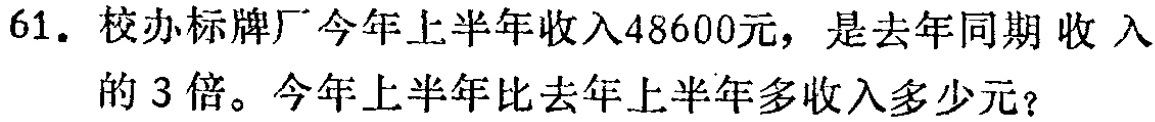
61. 校办标牌厂今年上半年收入48600元，是去年同期收入的3倍。今年上半年比去年上半年多收入多少元？